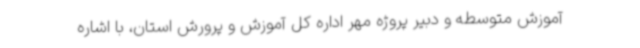
آموزش متوسطه و دبیر پروژه مهر اداره‌ کل آموزش و پرورش استان، با اشاره